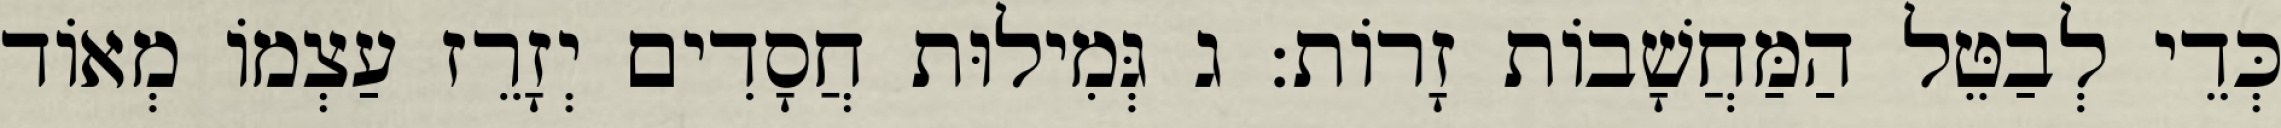
כְּדֵי לְבַטֵּל הַמַּחֲשָׁבוֹת זָרוֹת: ג גְּמִילוּת חֲסָדִים יְזָרֵז עַצְמוֹ מְאוֹד